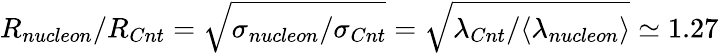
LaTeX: R_{nucleon}/R_{Cnt}=\sqrt{\sigma_{nucleon}/\sigma_{Cnt}}=\sqrt{\lambda_{Cnt}/\langle\lambda_{nucleon}\rangle}\simeq 1.27